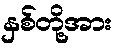
နှစ်တို့အား